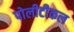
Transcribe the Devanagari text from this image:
पोलीटीकल